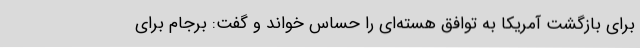
برای بازگشت آمریکا به توافق هسته‌ای را حساس خواند و گفت: برجام برای